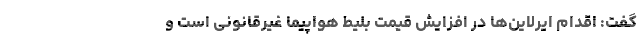
گفت: اقدام ایرلاین‌ها در افزایش قیمت بلیط هواپیما غیرقانونی است و